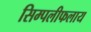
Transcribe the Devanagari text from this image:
सिम्पलीफलाय